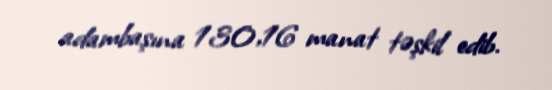
adambaşına 130,16 manat təşkil edib.